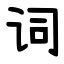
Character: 词